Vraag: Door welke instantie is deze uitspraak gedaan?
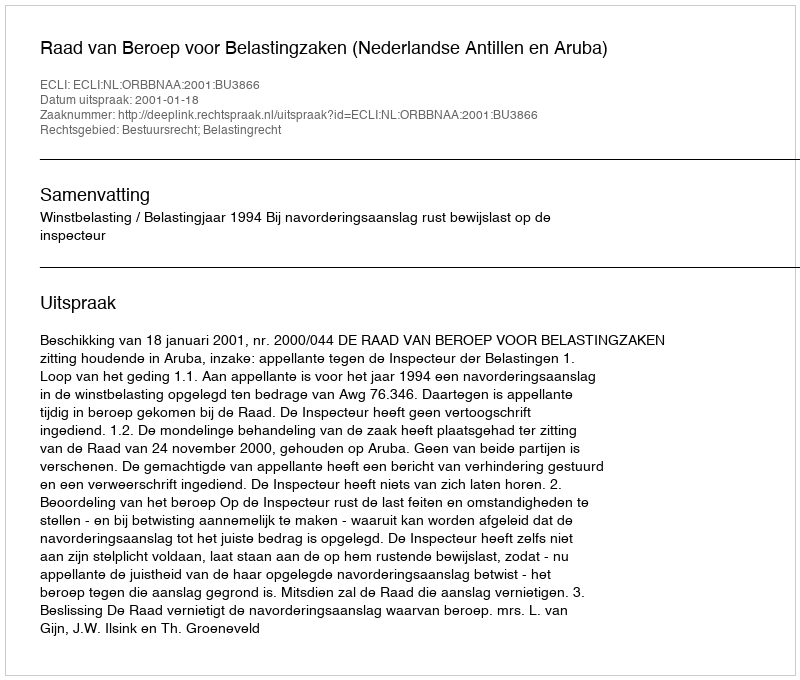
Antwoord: Raad van Beroep voor Belastingzaken (Nederlandse Antillen en Aruba)